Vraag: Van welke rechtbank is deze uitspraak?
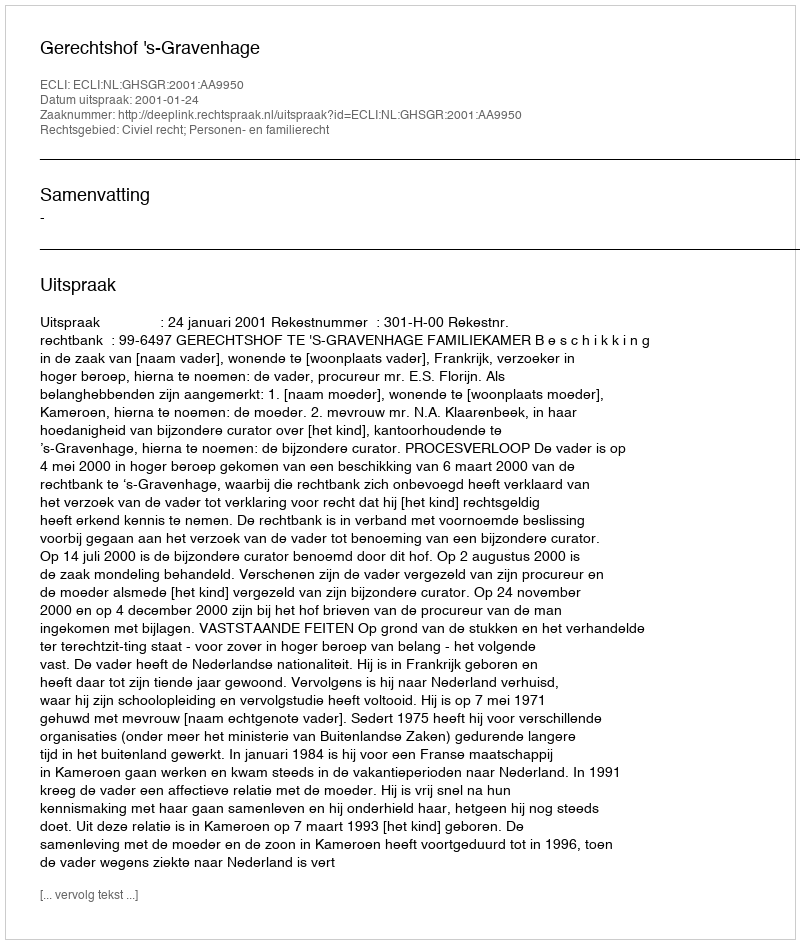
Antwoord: Gerechtshof 's-Gravenhage